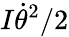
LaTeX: I\dot{\theta}^{2}/2